Veterinary regulations India, 1939 -
Year: 1939
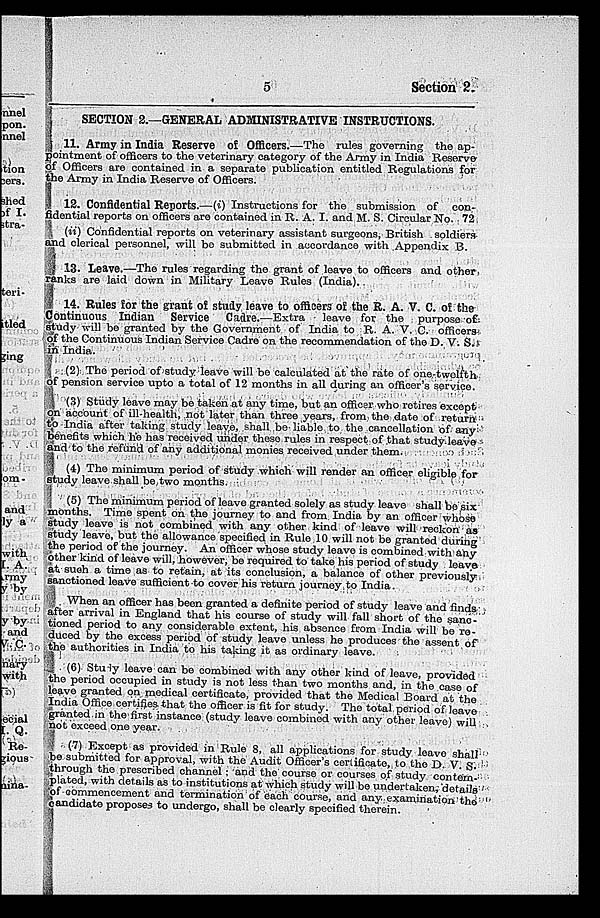
5
Section 2.
SECTION 2.—GENERAL ADMINISTRATIVE INSTRUCTIONS.
11. Army in India Reserve of Officers.—The rules governing the ap-
pointment of officers to the veterinary category of the Army in India Reserve
of Officers are contained in a separate publication entitled Regulations for
the Army in India Reserve of Officers.
12. Confidential Reports.—(i) Instructions for the submission of con-
fidential reports on officers are contained in R. A. I. and M. S. Circular No. 72
(ii) Confidential reports on veterinary assistant surgeons, British soldiers
and clerical personnel, will be submitted in accordance with Appendix B.
13. Leave.—The rules regarding the grant of leave to officers and other
ranks are laid down in Military Leave Rules (India).
14. Rules for the grant of study leave to officers of the R. A. V. C. of the
Continuous Indian Service Cadre.—Extra
leave for the purpose of
study will be granted by the Government of India to R. A. V. C. officers
of the Continuous Indian Service Cadre on the recommendation of the D. V. S.
in India.
(2) The period of study leave will be calculated at the rate of one-twelfth
of pension service upto a total of 12 months in all during an officer's service.
(3) Study leave may be taken at any time, but an officer who retires except
on account of ill-health, not later than three years, from the date of return
to India after taking study leave, shall be liable to the cancellation of any
benefits which he has received under these rules in respect of that study leave
and to the refund of any additional monies received under them.
(4) The minimum period of study which will render an officer eligible for
study leave shall be two months.
(5) The minimum period of leave granted solely as study leave shall be six
months. Time spent on the journey to and from India by an officer whose
study leave is not combined with any other kind of leave will reckon as
study leave, but the allowance specified in Rule 10 will not be granted during
the period of the journey. An officer whose study leave is combined with any
other kind of leave will, however, be required to take his period of study leave
at such a time as to retain, at its conclusion, a balance of other previously
sanctioned leave sufficient to cover his return journey to India.
When an officer has been granted a definite period of study leave and finds
after arrival in England that his course of study will fall short of the sanc-
tioned period to any considerable extent, his absence from India will be re-
duced by the excess period of study leave unless he produces the assent of
the authorities in India to his taking it as ordinary leave.
(6) Study leave can be combined with any other kind of leave, provided
the period occupied in study is not less than two months and, in the case of
leave granted on medical certificate, provided that the Medical Board at the
India Office certifies that the officer is fit for study. The total period of leave
granted in the first instance (study leave combined with any other leave) will
not exceed one year.
7) Except as provided in Rule 8, all applications for study leave shall
be submitted for approval, with the Audit Officer's certificate, to the D. V. S.
through the prescribed channel; and the course or courses of study contem-
plated, with details as to institutions at which study will be undertaken, details
of commencement and termination of each course, and any examination the
candidate proposes to undergo, shall be clearly specified therein.